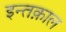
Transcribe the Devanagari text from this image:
इन्तक़ाल